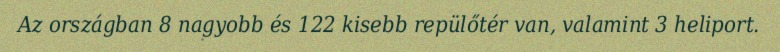
Az országban 8 nagyobb és 122 kisebb repülőtér van, valamint 3 heliport.